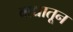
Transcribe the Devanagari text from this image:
वाद्यातून